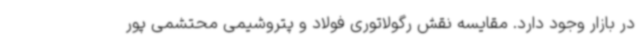
در بازار وجود دارد. مقایسه نقش رگولاتوری فولاد و پتروشیمی محتشمی پور